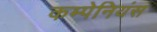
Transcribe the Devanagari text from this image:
कम्पेनियंस